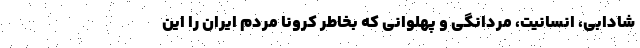
شادابی، انسانیت، مردانگی و پهلوانی که بخاطر کرونا مردم ایران را این